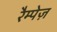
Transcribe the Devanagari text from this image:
रैम्पेज़